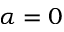
\alpha = 0